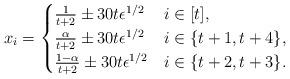
LaTeX: \begin{align*}x_i =\begin{cases}\frac{1}{t+2} \pm 30t\epsilon^{1/2} & i\in [t], \\\frac{\alpha}{t+2} \pm 30t\epsilon^{1/2} & i\in \{t+1, t+4\},\\\frac{1-\alpha}{t+2} \pm 30t\epsilon^{1/2} & i\in\{t+2, t+3\}.\end{cases} \end{align*}